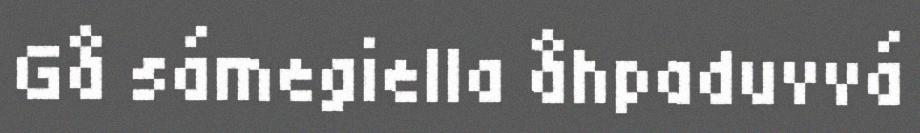
Gå sámegiella åhpaduvvá